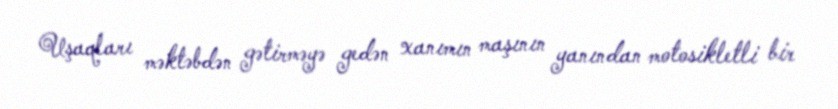
Uşaqları məktəbdən gətirməyə gedən xanımın maşının yanından motosikletli bir